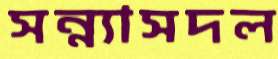
সন্ন্যাসদল